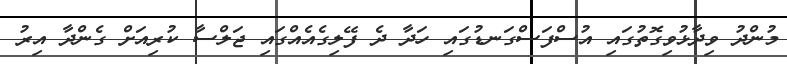
މުންދު ވިދާޅުވިގޮތުގައި އުސްފަސްގަނޑުގައި ހަދާ ދެ ފޭލިގެއެއްގައި ޖަލްސާ ކުރިއަށް ގެންދާ އިރު